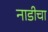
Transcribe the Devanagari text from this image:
नाडीचा